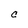
Character: C